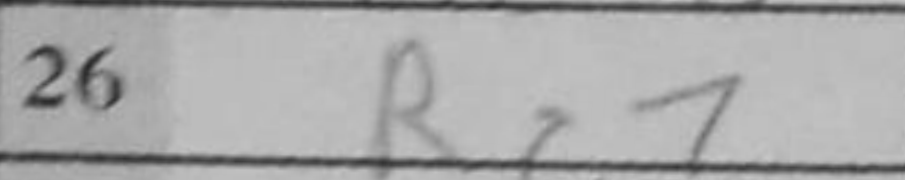
Transcription: Rc7